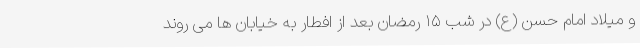
و میلاد امام حسن (ع) در شب ۱۵ رمضان بعد از افطار به خیابان ها می روند